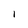
Character: I